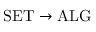
\mathrm { S E T } \to \mathrm { A L G }